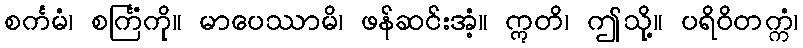
စင်္ကမံ၊ စင်္ကြံကို။ မာပေဿာမိ၊ ဖန်ဆင်းအံ့။ ဣတိ၊ ဤသို့။ ပရိဝိတက္ကံ၊